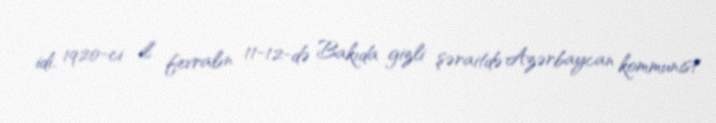
idi. 1920‐ci il fevralın 11‐12‐də Bakıda gizli şəraitdə Azərbaycan kommunist